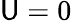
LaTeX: \mathsf{U}=0